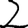
Digit: 2